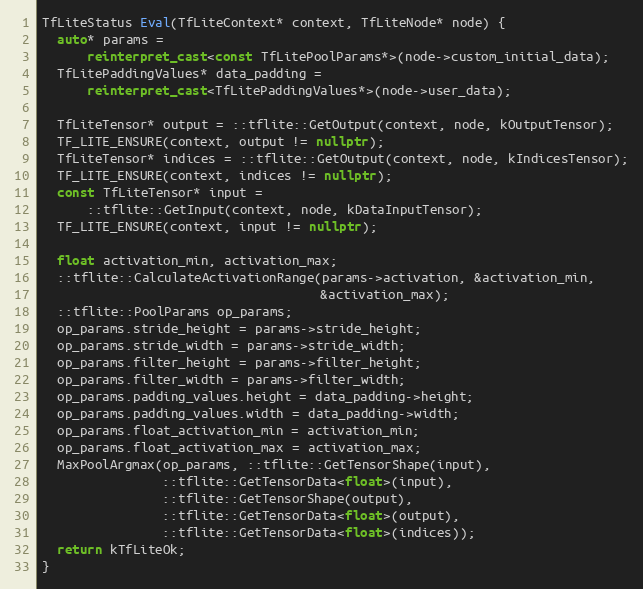
Language: C++
TfLiteStatus Eval(TfLiteContext* context, TfLiteNode* node) {
  auto* params =
      reinterpret_cast<const TfLitePoolParams*>(node->custom_initial_data);
  TfLitePaddingValues* data_padding =
      reinterpret_cast<TfLitePaddingValues*>(node->user_data);

  TfLiteTensor* output = ::tflite::GetOutput(context, node, kOutputTensor);
  TF_LITE_ENSURE(context, output != nullptr);
  TfLiteTensor* indices = ::tflite::GetOutput(context, node, kIndicesTensor);
  TF_LITE_ENSURE(context, indices != nullptr);
  const TfLiteTensor* input =
      ::tflite::GetInput(context, node, kDataInputTensor);
  TF_LITE_ENSURE(context, input != nullptr);

  float activation_min, activation_max;
  ::tflite::CalculateActivationRange(params->activation, &activation_min,
                                     &activation_max);
  ::tflite::PoolParams op_params;
  op_params.stride_height = params->stride_height;
  op_params.stride_width = params->stride_width;
  op_params.filter_height = params->filter_height;
  op_params.filter_width = params->filter_width;
  op_params.padding_values.height = data_padding->height;
  op_params.padding_values.width = data_padding->width;
  op_params.float_activation_min = activation_min;
  op_params.float_activation_max = activation_max;
  MaxPoolArgmax(op_params, ::tflite::GetTensorShape(input),
                ::tflite::GetTensorData<float>(input),
                ::tflite::GetTensorShape(output),
                ::tflite::GetTensorData<float>(output),
                ::tflite::GetTensorData<float>(indices));
  return kTfLiteOk;
}